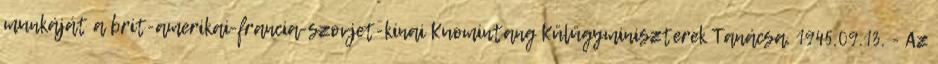
munkáját a brit-amerikai-francia-szovjet-kínai Kuomintang Külügyminiszterek Tanácsa. 1945.09.13. - Az